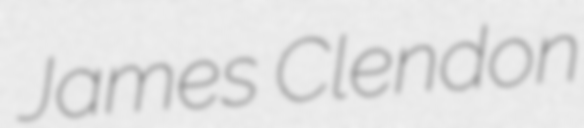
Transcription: James Clendon